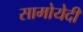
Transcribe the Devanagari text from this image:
सामोयेदी